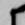
候